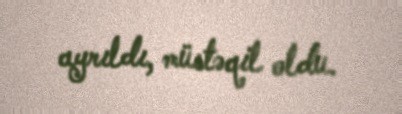
ayrıldı, müstəqil oldu.